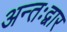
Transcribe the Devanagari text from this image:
अन्तःद्वार